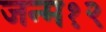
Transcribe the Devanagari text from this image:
जन्म१२